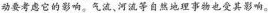
动要考虑它的影响。气流、河流等自然地理事物也受其影响。